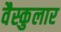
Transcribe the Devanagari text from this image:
वैस्कुलार